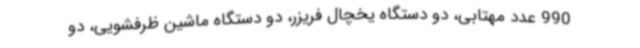
990 عدد مهتابی، دو دستگاه یخچال فریزر، دو دستگاه ماشین ظرفشویی، دو